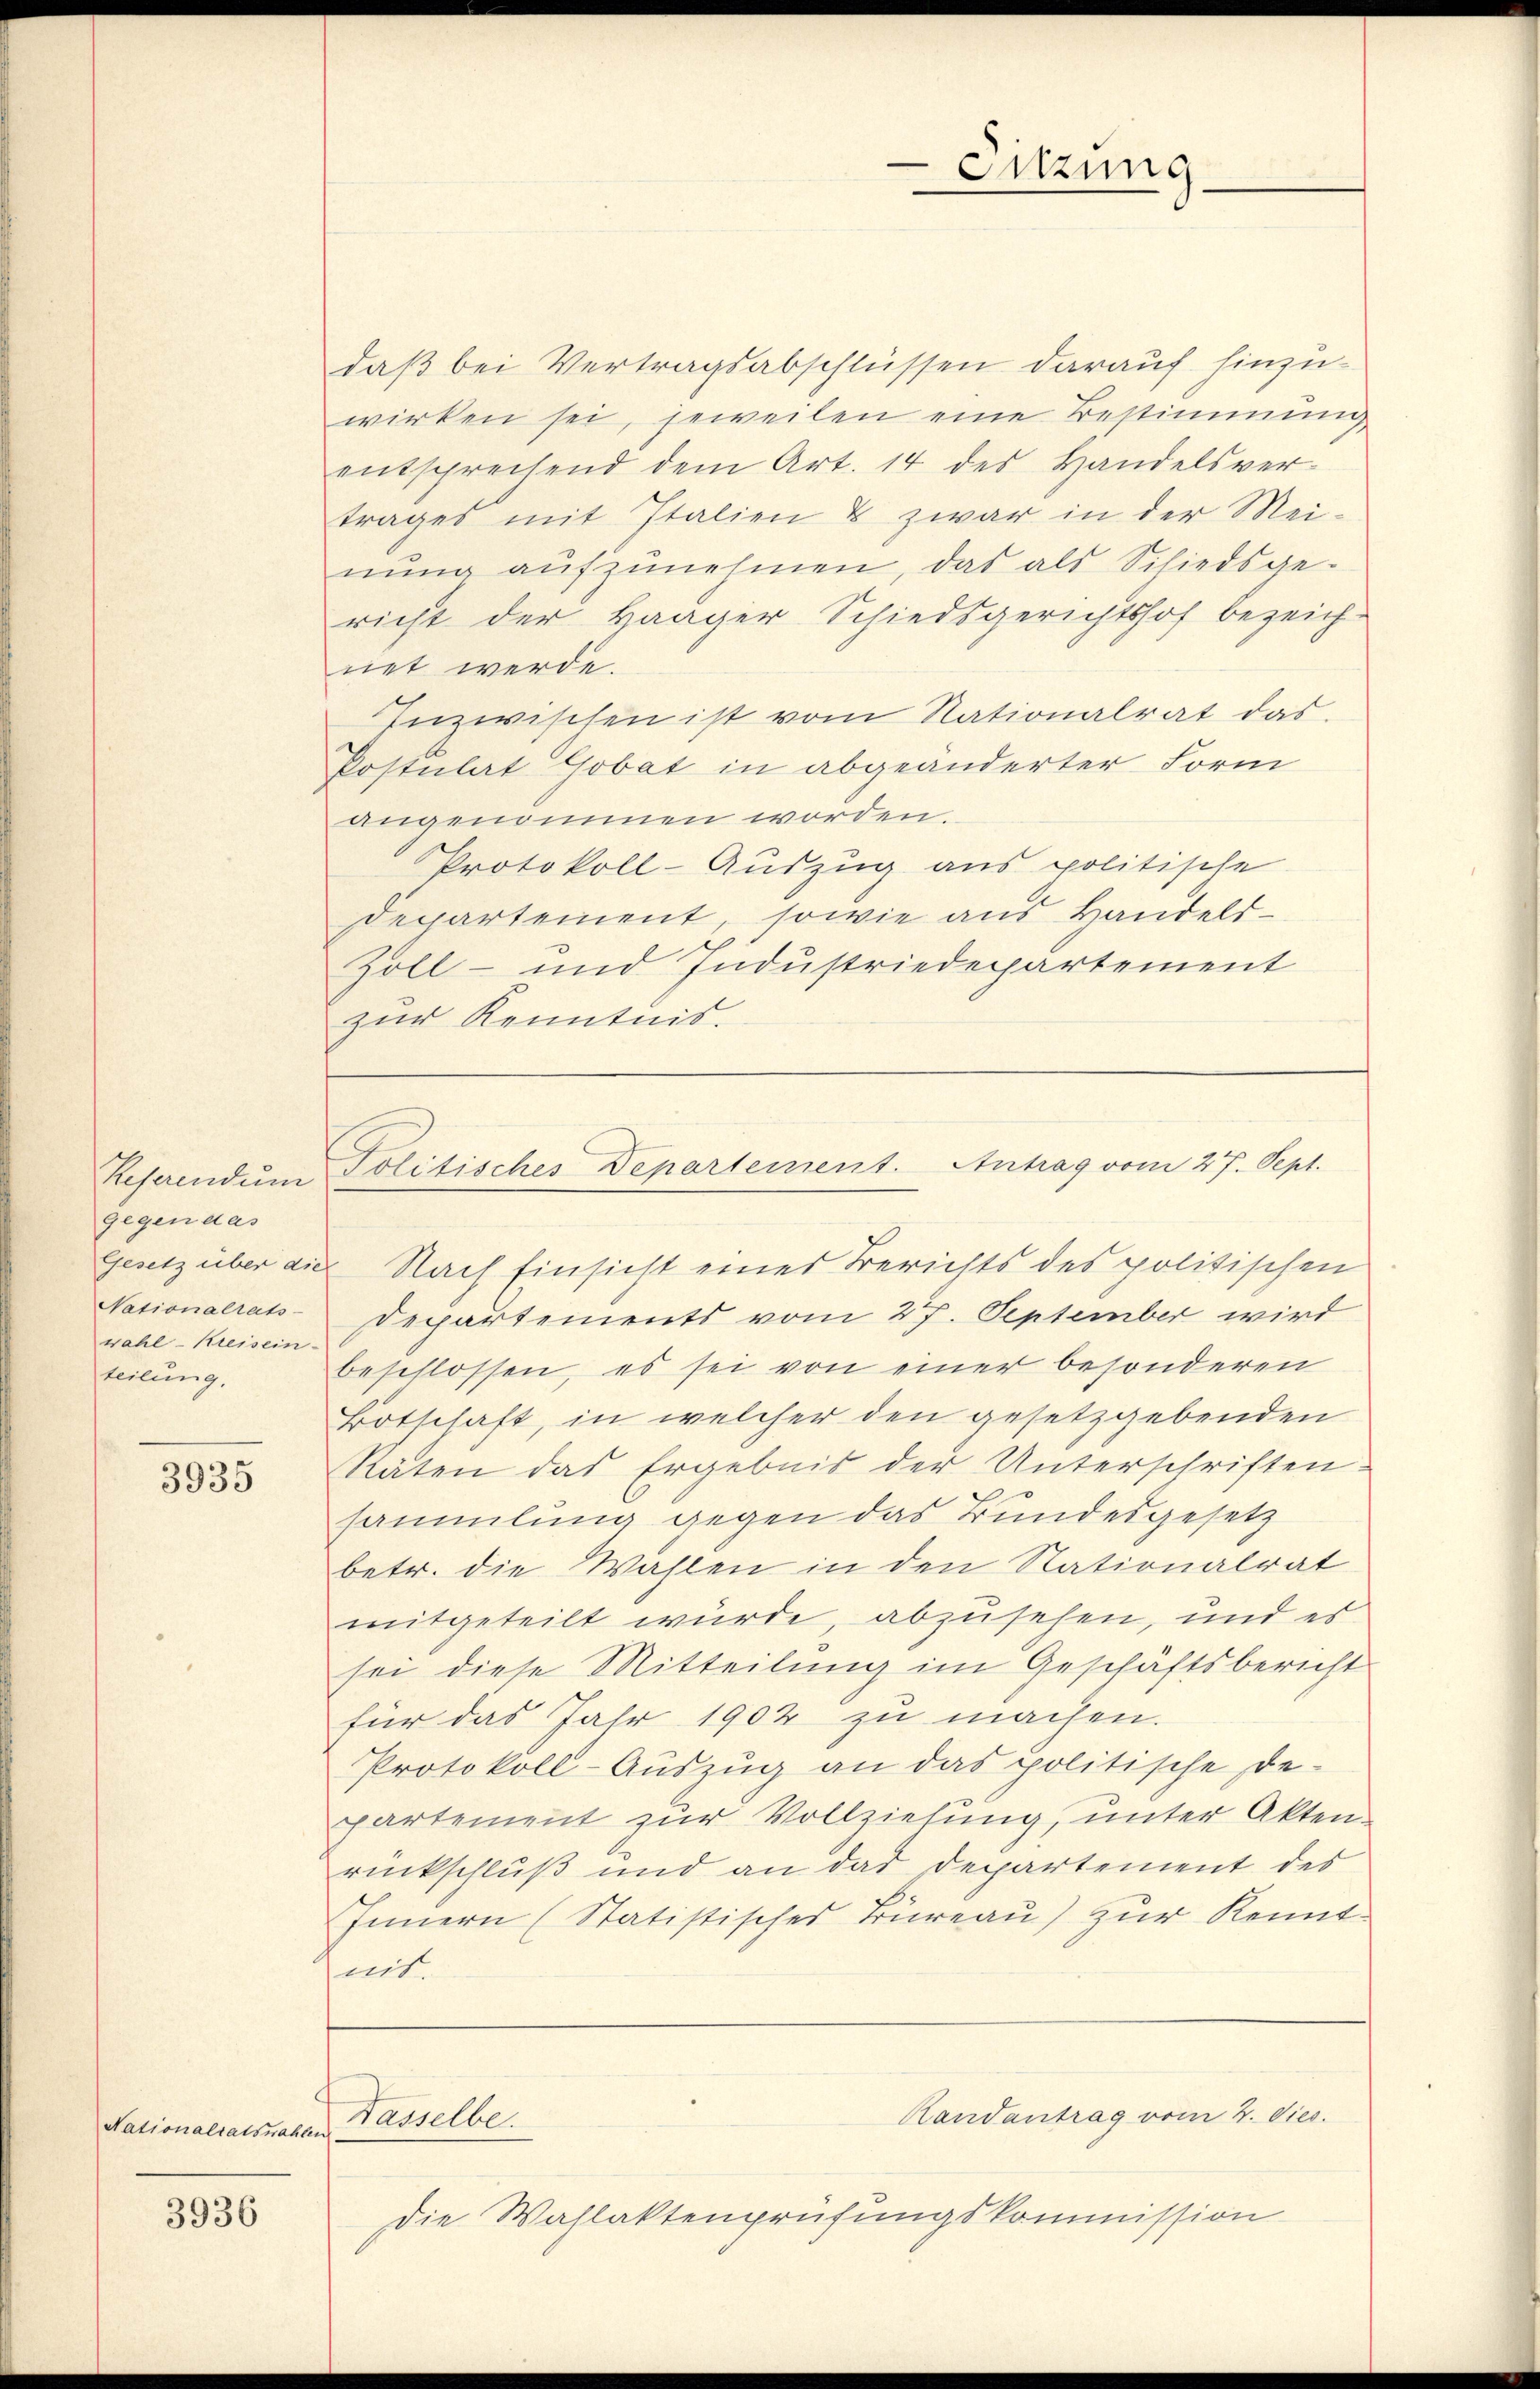
Referendum
gegen das
Gesetz über die
Nationalrats-
wahl - Kreisein-
teilung,

3935

Nationalratswahlen

3936

daß bei Vertragsabschlüssen darauf hinzuwirken sei, jeweilen eine Bestimmung
entsprechend dem Art. 14 des Handelsver-
trages mit Italien & zwar in der Mei-
nŭng aŭfzŭnehmen, das als Schiedsge-
richt der Haager Schiedsgerichtshof bezeich-
net werde.
Inzwischen ist vom Rationalrat das
Postulat Gobat in abgeänderter Form
angenommen worden.
Protokoll-Auszug aus politische
Departement, sowie aus Handels¬
Zoll- und Industriedepartement
zur Kenntnis.

Nach Einsicht eines Berichts des politischen
Departements vom 27. September wird
beschlossen, es sei von einer besonderen
Botschaft, in welcher den gesetzgebenden
Räten das Ergebnis der Unterschriften.
sammlung gegen das Bundesgesetz
betr. die Wahlen in den Nationalrat
mitgeteilt würde, abzusehen, und es
sei diese Mitteilung im Geschäftsbericht
für das Jahr 1902 zu machen.
Protokoll-Aŭszŭg an das politische De-
partement zur Vollziehung, unter Akten
rückschluß und an das Departement des
Innern (Statistisches Büreaŭ) zŭr Kennt-
mit.
Randantrag vom 4. dies.
Nasselbe.
Die Wahlaktenprüfungskommission

Sitzung

Politisches Departement. Antrag vom 27. Sept.